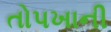
તોપખાની